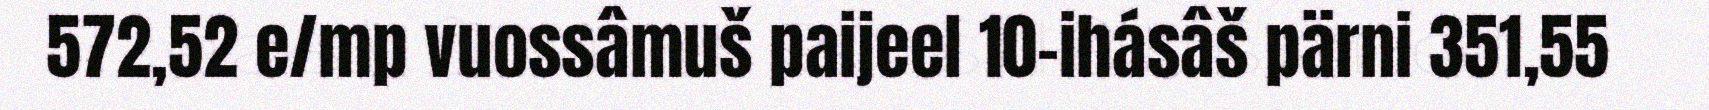
572,52 e/mp vuossâmuš paijeel 10-ihásâš pärni 351,55